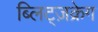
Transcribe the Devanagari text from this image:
ब्लिट्ज़क्रेग